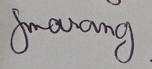
Signature authenticity: genuine